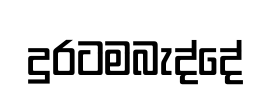
දුරටමබැද්දේ